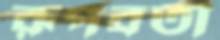
রূপবতী